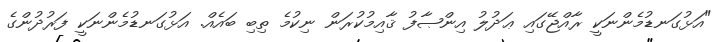
"އަޅުގަނޑުމެންނަކީ ރާއްޖޭގައި ޢަދުލު އިންޞާފު ޤާއިމުކުރަން ނިކުމެ ތިބި ބައެއް. އަޅުގަނޑުމެންނަކީ ފަރުދުންގެ